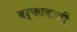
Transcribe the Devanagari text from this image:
बर्फावरती